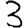
Digit: 3